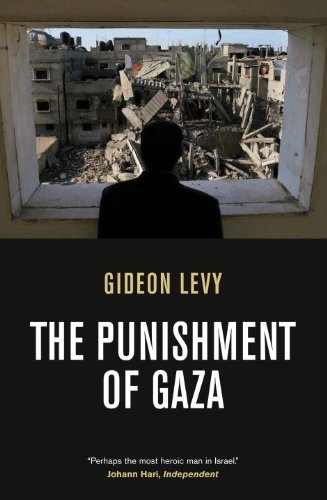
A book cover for The Punishment of Gaza; Gideon Levy; History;